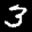
Label: 3